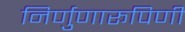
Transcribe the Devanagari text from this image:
निर्णुणारूपिणी